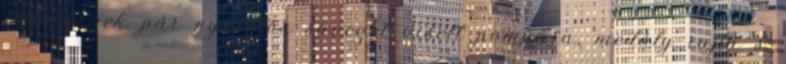
embereknek pár nyusztos süveget viselt pompára, medály rajta s